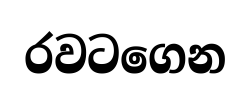
රවටගෙන